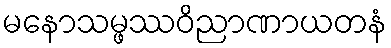
မနောသမ္ဖဿဝိညာဏာယတနံ